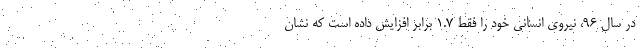
در سال 96، نیروی انسانی خود را فقط 1.7 برابر افزایش داده است که نشان